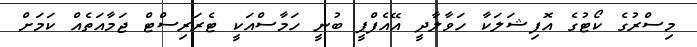
މިސްރުގެ ކޯޓުގެ އޮފިޝަލަކާ ހަވާލާދީ އޭއެފްޕީ ބުނީ ހަމާސްއަކީ ޓެރަރިސްޓް ޖަމާއަތެއް ކަމަށް